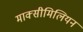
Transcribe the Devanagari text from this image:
माक्सीमिलियन